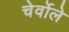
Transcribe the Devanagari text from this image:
चेर्वोले